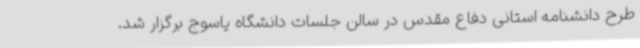
طرح دانشنامه استانی دفاع مقدس در سالن جلسات دانشگاه یاسوج برگزار شد.